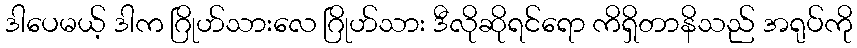
ဒါပေမယ့် ဒါက ဂြိုဟ်သားလေ ဂြိုဟ်သား ဒီလိုဆိုရင်ရော ကိရှိတာနိသည် အရုပ်ကို